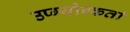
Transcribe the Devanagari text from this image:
उप्ग्योग्कर्ता